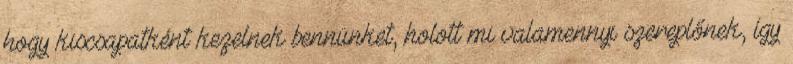
hogy kiscsapatként kezelnek bennünket, holott mi valamennyi szereplőnek, így